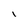
Character: l